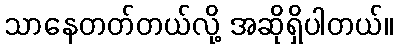
သာနေတတ်တယ်လို့ အဆိုရှိပါတယ်။